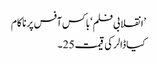
’انقلابی فلم ‘باکس آفس پر ناکام
کیا ڈالر کی قیمت 25۔